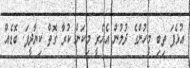
އުޅެފަ ތިބި މީހުންގެ ދުލުން އެހެރީ މިކަން ކުރާ ގޮތް ކިޔާދީފަ. ބޮޑެއް